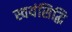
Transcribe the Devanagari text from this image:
स्वयंसिद्धि